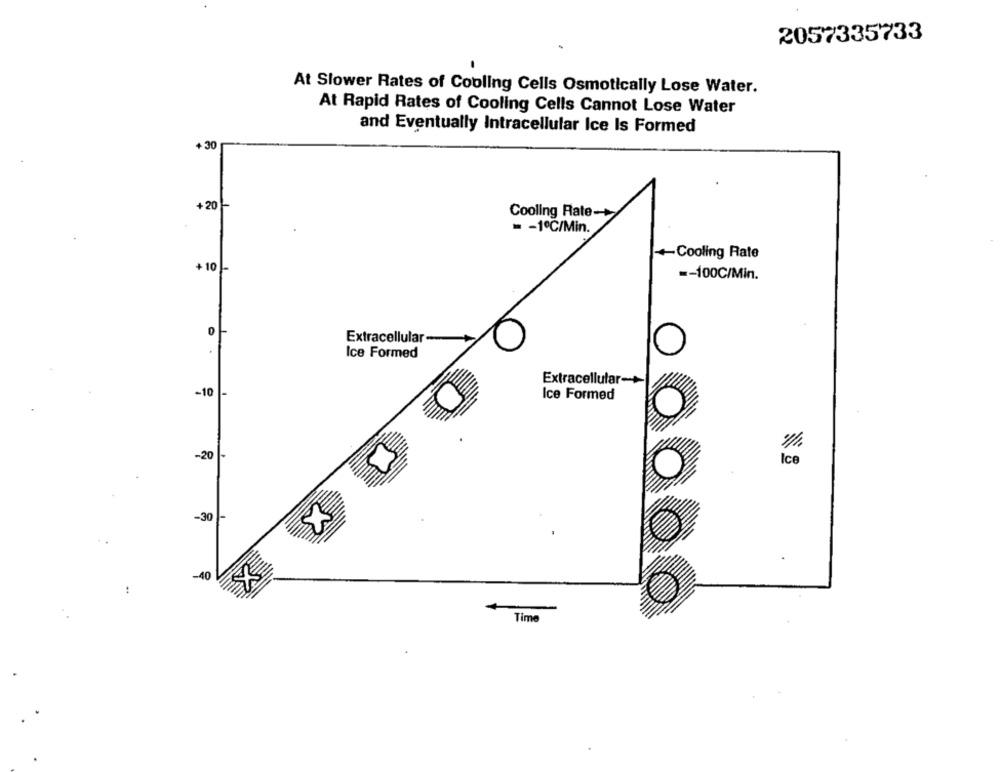
2057335733
At Slower Rates of Cooling Cells Osmotically Lose Water.
At Rapid Rates of Cooling Cells Cannot Lose Water
and Eventually Intracellular Ice Is Formed
+ 30
+ 20-
Cooling Rate-
= - 1℃/Min.
+Cooling Rate
+ 10 -
-- 100C/Min.
0 -
Extracellular-
Ice Formed
Extracellular-+
-10
Ice Formed
-20
-30
-40
Time